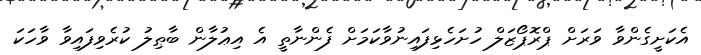
އެކަށީގެންވާ ވަރަށް ޕްރޮޕޯޒަލް ހުށަހެޅިފައިނުވާކަމަށް ފެންނާތީ އެ އިޢުލާން ބާޠިލު ކުރެވިފައިވާ ވާހަކަ